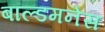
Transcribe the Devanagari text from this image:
बाल्डमनेस